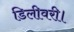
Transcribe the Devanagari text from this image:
डिलीवरी।